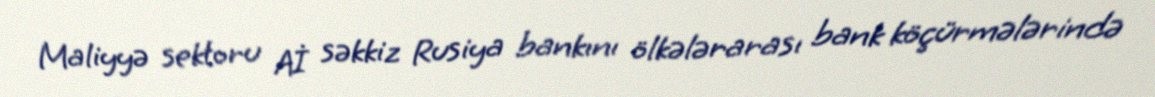
Maliyyə sektoru Aİ səkkiz Rusiya bankını ölkələrarası bank köçürmələrində